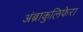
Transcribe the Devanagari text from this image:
अंब्राकुलिफेरा